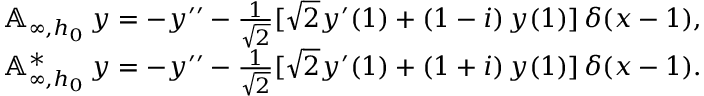
\begin{array} { r l } & { { \mathbb A } _ { \infty , h _ { 0 } } \, y = - y ^ { \prime \prime } - \frac { 1 } { \sqrt 2 } [ { \sqrt 2 } y ^ { \prime } ( 1 ) + \left( 1 - i \right) y ( 1 ) ] \, \delta ( x - 1 ) , } \\ & { { \mathbb A } _ { \infty , h _ { 0 } } ^ { * } \, y = - y ^ { \prime \prime } - \frac { 1 } { \sqrt 2 } [ { \sqrt 2 } y ^ { \prime } ( 1 ) + \left( 1 + i \right) y ( 1 ) ] \, \delta ( x - 1 ) . } \end{array}